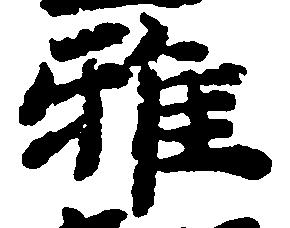
雅